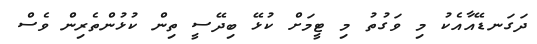
ދަގަނޑޭއާއެކު މި ވަގުތު މި ޓީމަށް ކުޅޭ ބިދޭސީ ތިން ކުޅުންތެރިން ވެސް